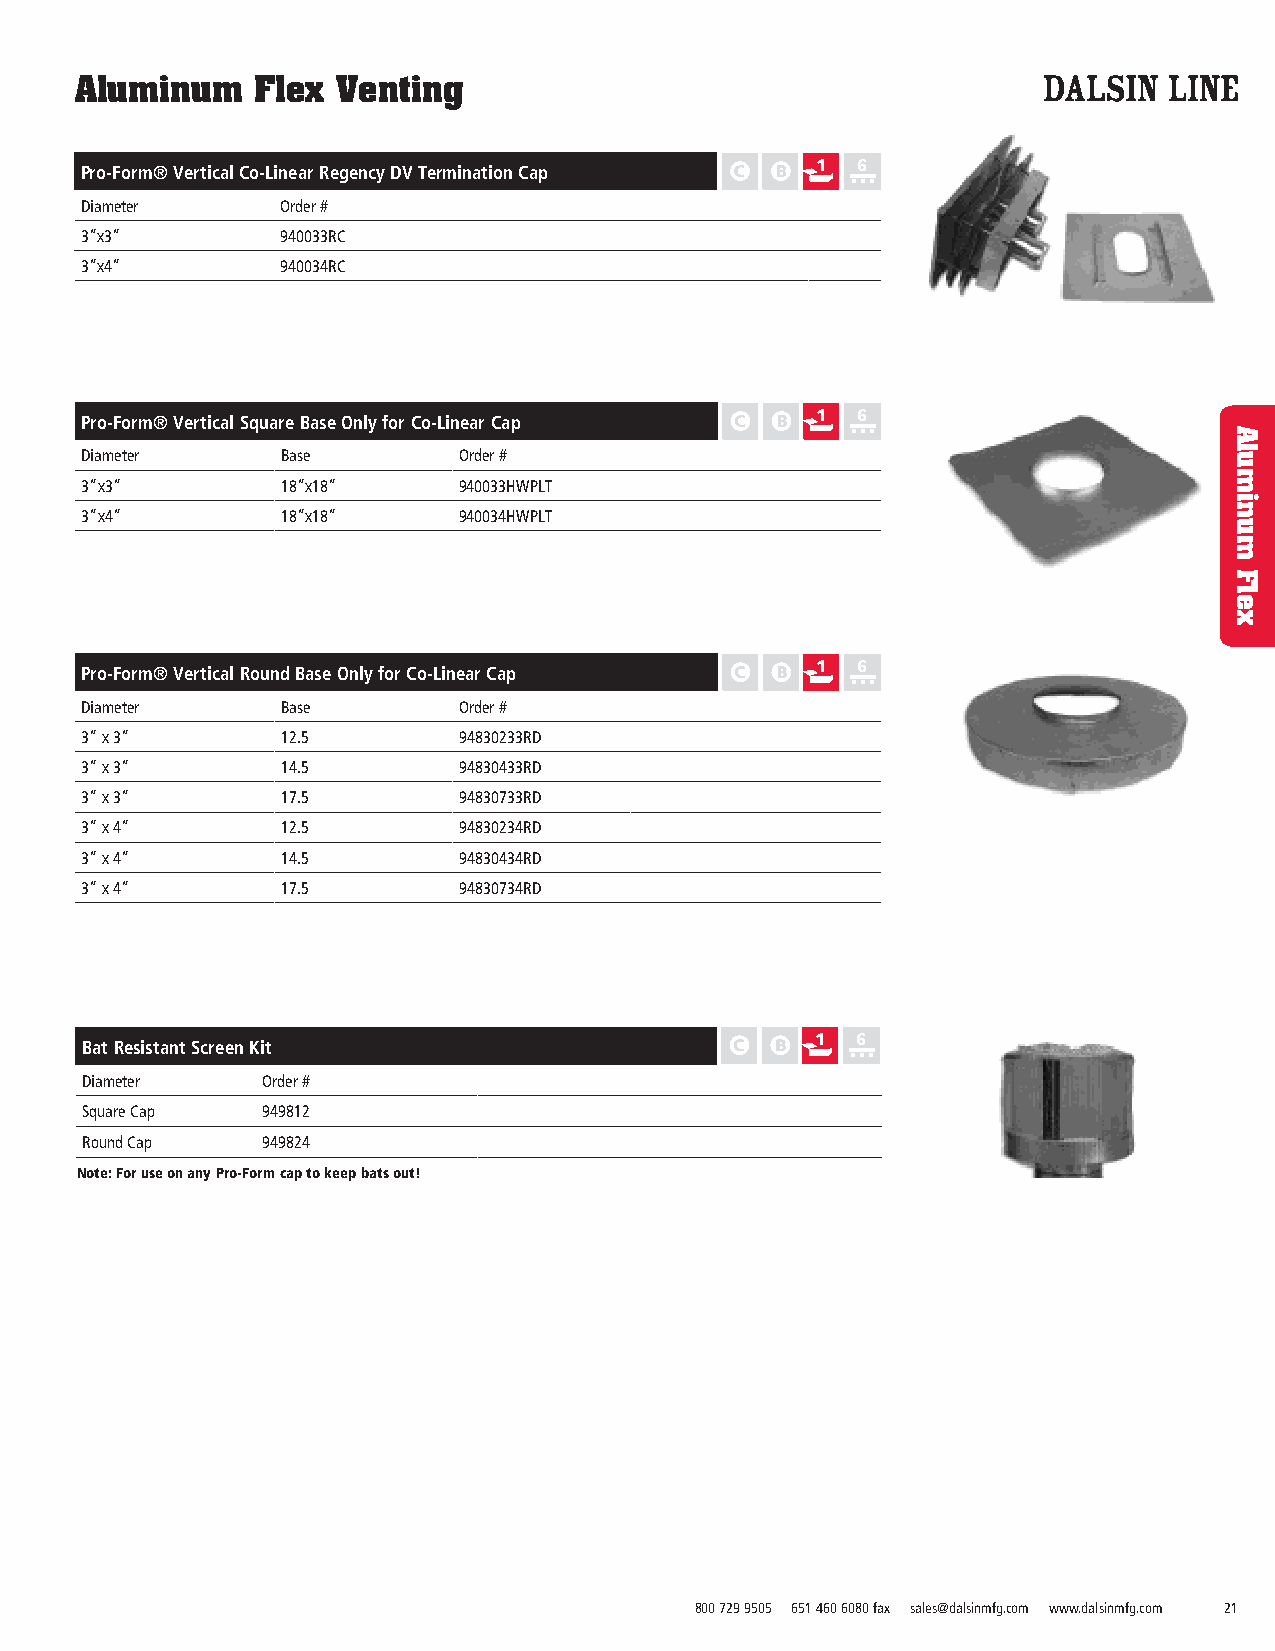
Aluminum    Flex Venting
 Pro-Form® Vertical Co-Linear Regency DV Termination Cap 1 6
 Diameter      Order #
 3”x3”         940033RC
 3”x4”         940034RC
 Pro-Form® Vertical Square Base Only for Co-Linear Cap 1 6
 Diameter      Base       Order #
 3”x3”         18”x18”    940033HWPLT
 3”x4”         18”x18”    940034HWPLT
 Pro-Form® Vertical Round Base Only for Co-Linear Cap 1 6
 Diameter      Base       Order #
 3” x 3”       12.5       94830233RD
 3” x 3”       14.5       94830433RD
 3” x 3”       17.5       94830733RD
 3” x 4”       12.5       94830234RD
 3” x 4”       14.5       94830434RD
 3” x 4”       17.5       94830734RD
 1  6
 Bat Resistant Screen Kit
 Diameter    Order #
 Square Cap  949812
 Round Cap   949824
 Note: For use on any Pro-Form cap to keep bats out!
 800 729 9505 651 460 6080 fax sales@dalsinmfg.com www.dalsinmfg.com 21
 Aluminum
 Flex